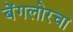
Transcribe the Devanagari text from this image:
बेंगलोरचा